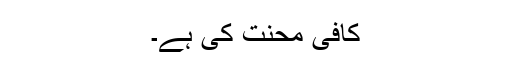
کافی محنت کی ہے۔